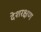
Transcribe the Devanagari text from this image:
देशरक्षण